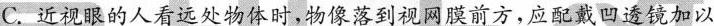
C. 近视眼的人看远处物体时，物像落到视网膜前方，应配戴凹透镜加以